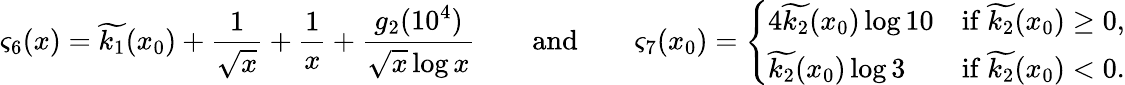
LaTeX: \varsigma_{6}(x)=\widetilde{k_{1}}(x_{0})+\frac{1}{\sqrt{x}}+\frac{1}{x}+\frac{g_{2}(10^{4})}{\sqrt{x}\log{x}}\qquad\mathrm{and}\qquad\varsigma_{7}(x_{0})=\left\{ \begin{array}{ll}{4\widetilde{k_{2}}(x_{0})\log{10}}&{\mathrm{if~}\widetilde{k_{2}}(x_{0})\geq 0,}\\ {\widetilde{k_{2}}(x_{0})\log{3}}&{\mathrm{if~}\widetilde{k_{2}}(x_{0})<0.}\end{array}\right.